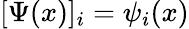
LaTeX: [\Psi(x)]_{i}=\psi_{i}(x)